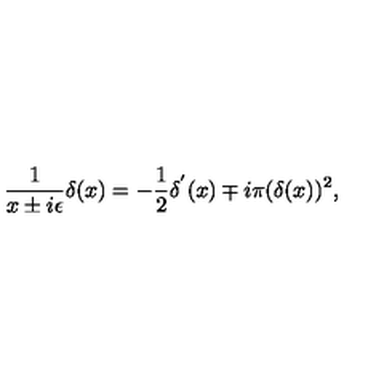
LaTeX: \frac { 1 } { x \pm i \epsilon } \delta ( x ) = - \frac { 1 } { 2 } \delta ^ { ' } ( x ) \mp i \pi ( \delta ( x ) ) ^ { 2 } ,